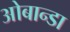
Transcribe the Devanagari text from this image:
ओबान्डा